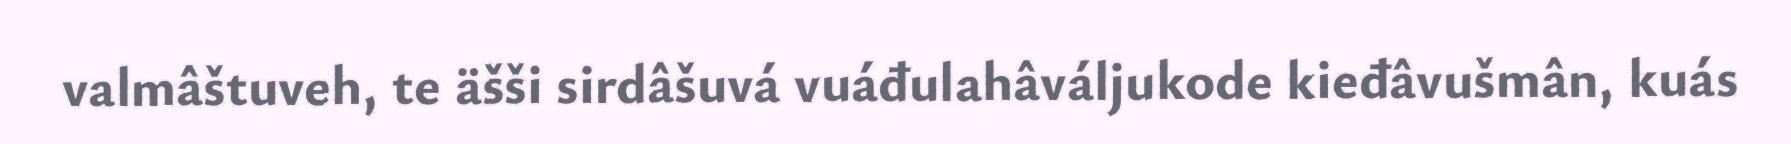
valmâštuveh, te äšši sirdâšuvá vuáđulahâváljukode kieđâvušmân, kuás